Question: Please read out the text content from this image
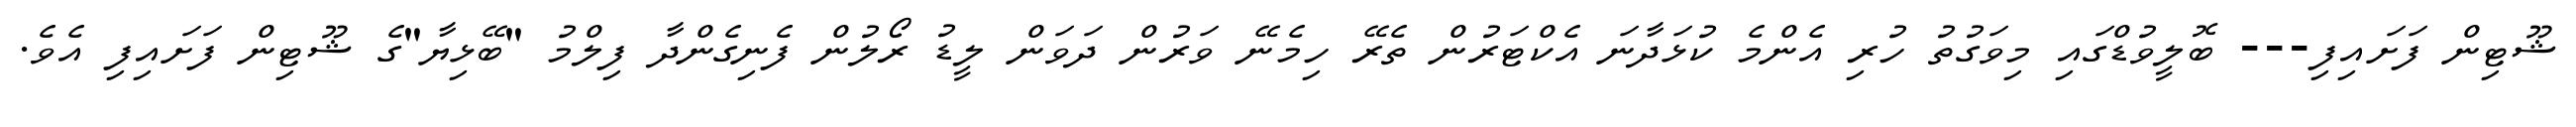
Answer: ޝޫޓިން ފަށައިފި--- ބޮލީވުޑްގައި މިވަގުތު ހުރި އެންމެ ކުޅަދާނަ އެކްޓަރުން ތެރޭ ހިމެނޭ ވަރުން ދަވަން ލީޑު ރޯލުން ފެނިގެންދާ ފިލްމު "ބޭޅިޔާ"ގެ ޝޫޓިން ފަށައިފި އެވެ.